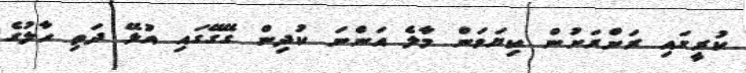
ކުރީގައި ރަށްރަށުން ކިޔަވަން މާލެ އަންނަ ކުދިން ގޭގޭގައި އުޅޭ ދަތި ހާލުގެ